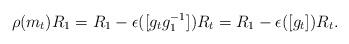
LaTeX: \begin{align*}\rho(m_t)R_1 = R_1 - \epsilon([g_t g_1^{-1}])R_t = R_1 - \epsilon([g_t])R_t.\end{align*}